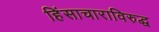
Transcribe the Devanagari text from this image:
हिंसाचाराविरुद्ध